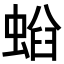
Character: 𧌤